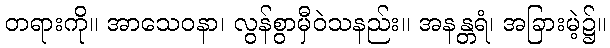
တရားကို။ အာသေဝနာ၊ လွန်စွာမှီဝဲသနည်း။ အနန္တရံ၊ အခြားမဲ့၌။